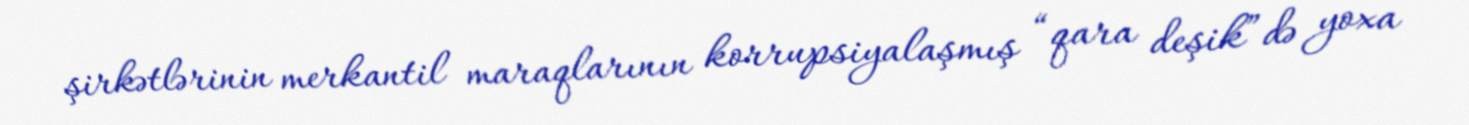
şirkətlərinin merkantil maraqlarının korrupsiyalaşmış “qara deşik”də yoxa